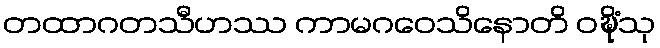
တထာဂတသီဟဿ ကာမဂဝေသိနောတိ ဝဍ္ဎိံသု